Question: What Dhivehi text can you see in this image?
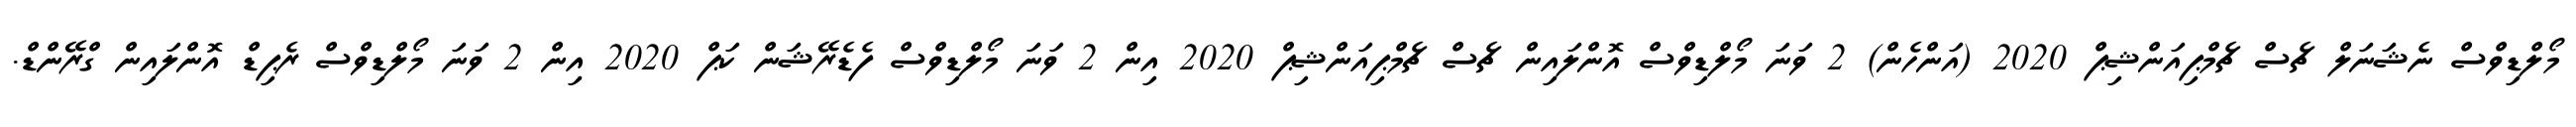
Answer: މޯލްޑިވްސް ނެޝަނަލް ޗެސް ޗެމްޕިއަންޝިޕް 2020 (އަންހެން) 2 ވަނަ މޯލްޑިވްސް އޮންލައިން ޗެސް ޗެމްޕިއަންޝިޕް 2020 އިން 2 ވަނަ މޯލްޑިވްސް ފެޑެރޭޝަން ކަޕް 2020 އިން 2 ވަނަ މޯލްޑިވްސް ރެޕިޑް އޮންލައިން ގްރޭންޑް.